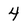
Character: 4